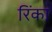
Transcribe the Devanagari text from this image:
रिंका